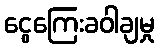
ငွေကြေးခဝါချမှု